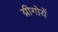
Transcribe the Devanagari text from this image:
य्रीगोयें